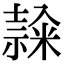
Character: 𥻳